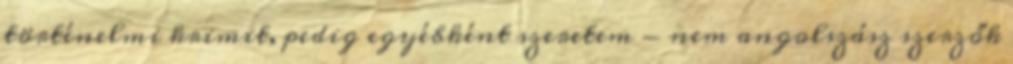
történelmi krimit, pedig egyébként szeretem - nem angolszász szerzők